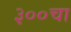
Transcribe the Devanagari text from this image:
३००चा